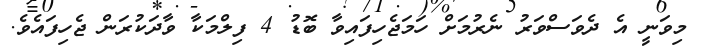
މިވަނީ އެ ދެވަސްވަރު ނެރުމަށް ހަމަޖެހިފައިވާ ބޮޑު 4 ފިލްމަކާ ވާދަކުރަން ޖެހިފައެވެ.